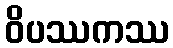
ဝိပဿကဿ